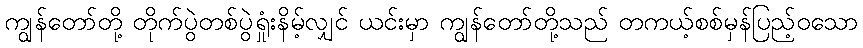
ကျွန်တော်တို့ တိုက်ပွဲတစ်ပွဲရှုံးနိမ့်လျှင် ယင်းမှာ ကျွန်တော်တို့သည် တကယ့်စစ်မှန်ပြည့်ဝသော